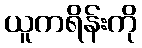
ယူကရိန်းကို